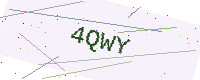
Text: 4QWY